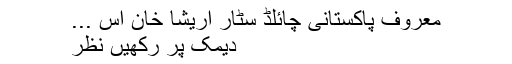
معروف پاکستانی چائلڈ سٹار اریشا خان اس ...
دیمک پر رکھیں نظر